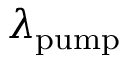
\lambda _ { \mathrm { p u m p } }